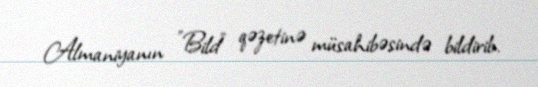
Almaniyanın "Bild" qəzetinə müsahibəsində bildirib.